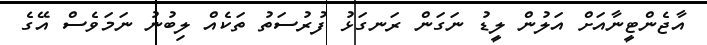
އާޖެންޓީނާއަށް އަލުން ލީޑު ނަގަން ރަނގަޅު ފުރުސަތު ތަކެއް ލިބުނު ނަމަވެސް އޭގެ